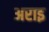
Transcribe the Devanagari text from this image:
अराइ